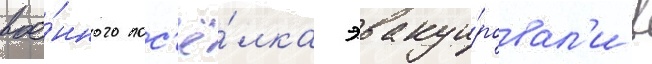
вое́нного пос'ё́лка эвакуи́ровал'и в